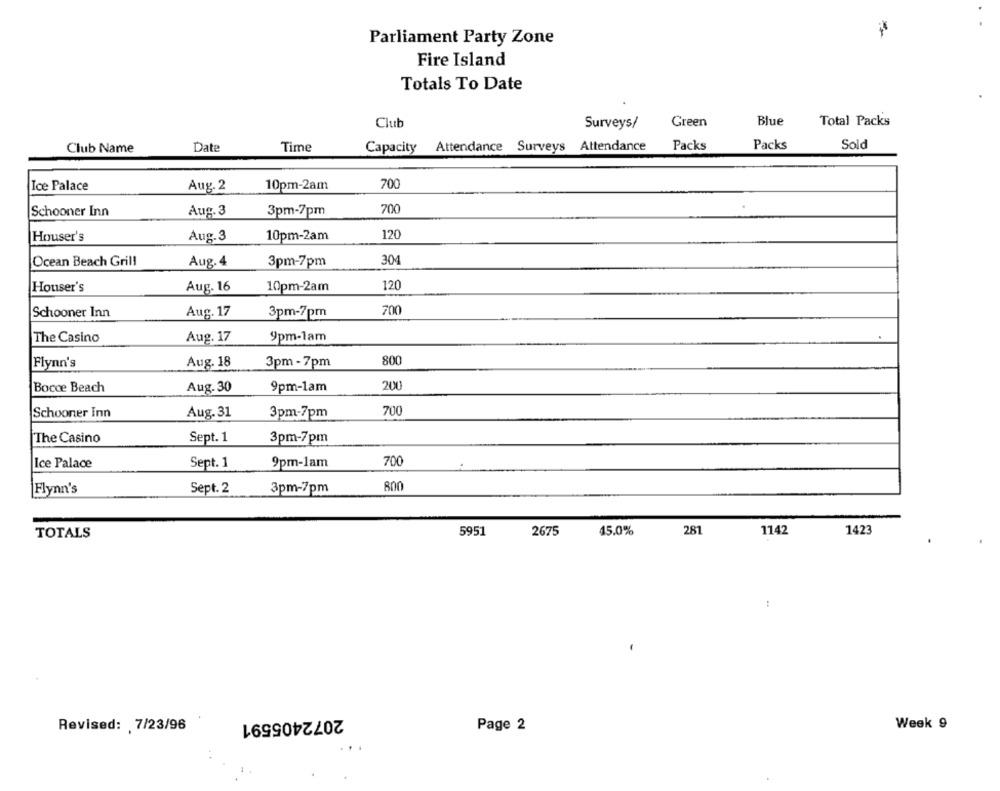
Parliament Party Zone
Fire Island
Totals To Date
Club
Surveys/
Green
Blue
Total Packs
Club Name
Date
Time
Capacity
Attendance Surveys
Attendance
Packs
Packs
Sold
700
Ice Palace
Aug. 2
10pm-2am
Schooner Inn
Aug. 3
3pm-7pm
700
Houser's
Aug.3
10pm-2am
120
304
Ocean Beach Grill
Aug. 4
3pm-7pm
120
Houser's
Aug. 16
10pm-2am
Schooner Inn
Aug. 17
3pm-7pm
700
The Casino
Aug. 17
9pm-1am
..
Flynn's
Aug. 18
3pm-7pm
800
Bocce Beach
Aug.30
9pm-1am
200
700
Schooner Inn
Aug. 31
3pm-7pm
The Casino
Sept. 1
3pm-7pm
Ice Palace
Sept. 1
9pm-1am
700
Flynn's
Sept. 2
3pm-7pm
800
5951
281
1142
1423
TOTALS
2675
45.0%
2072405591
Revised: 7/23/96
Page 2
Week 9